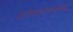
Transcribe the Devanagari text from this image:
आवाजावरुन